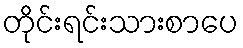
တိုင်းရင်းသားစာပေ